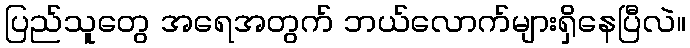
ပြည်သူတွေ အရေအတွက် ဘယ်လောက်များရှိနေပြီလဲ။